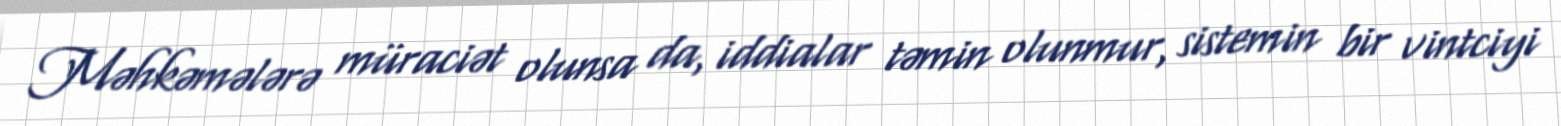
Məhkəmələrə müraciət olunsa da, iddialar təmin olunmur, sistemin bir vintciyi